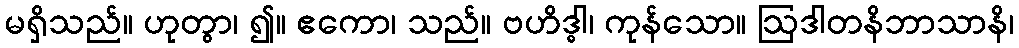
မရှိသည်။ ဟုတွာ၊ ၍။ ဧကော၊ သည်။ ဗဟိဒ္ဓါ၊ ကုန်သော။ ဩဒါတနိဘာသာနိ၊